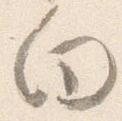
向